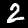
Label: 2